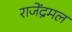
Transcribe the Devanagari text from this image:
राजेंद्रमल